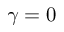
\gamma = 0